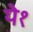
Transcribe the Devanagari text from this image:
ये१